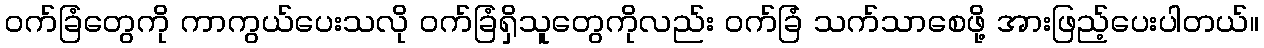
ဝက်ခြံတွေကို ကာကွယ်ပေးသလို ဝက်ခြံရှိသူတွေကိုလည်း ဝက်ခြံ သက်သာစေဖို့ အားဖြည့်ပေးပါတယ်။